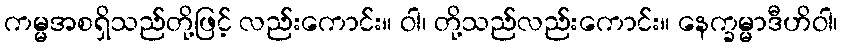
ကမ္မအစရှိသည်တို့ဖြင့် လည်းကောင်း။ ဝါ၊ တို့သည်လည်းကောင်း။ နေက္ခမ္မာဒီဟိဝါ၊